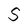
Character: S